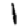
Digit: 1